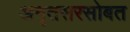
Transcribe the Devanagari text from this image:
अमृतसरसोबत